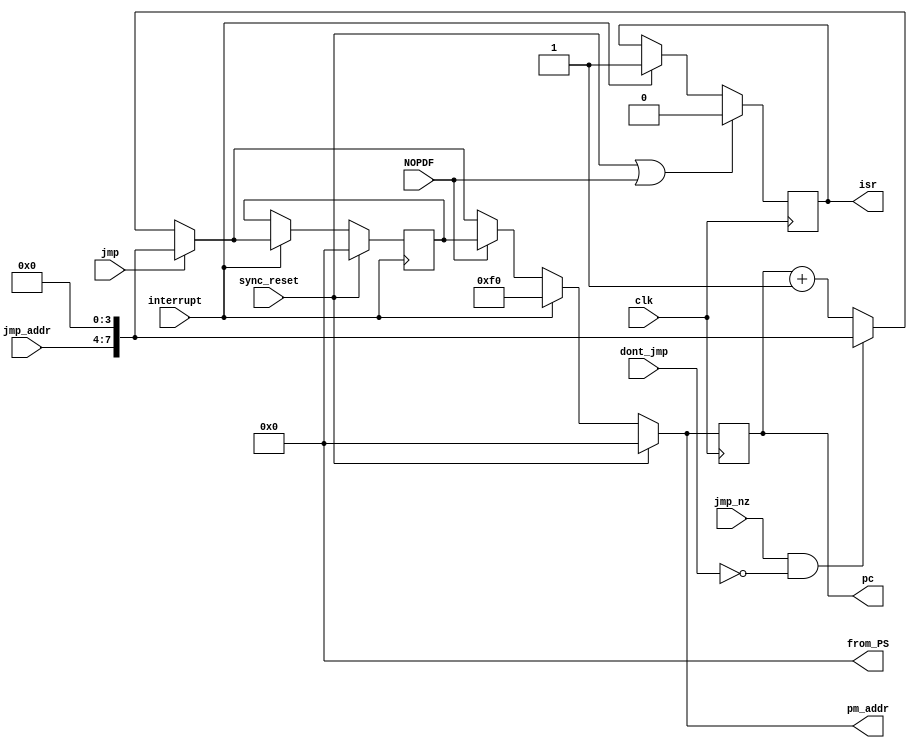
module program_sequencer_Q6b(clk, sync_reset, pm_addr, jmp, jmp_nz, jmp_addr, dont_jmp, 
								pc, from_PS, interrupt, isr, NOPDF);
input clk, sync_reset, jmp,jmp_nz, dont_jmp, interrupt, NOPDF;
input [3:0] jmp_addr;
output reg isr;
output reg [7:0] pc, pm_addr, from_PS;

reg [7:0] return_addr;

always @ (posedge clk)
if (sync_reset | NOPDF)
	isr = 1'b0;
else if (interrupt)
	isr = 1'b1;
else
	isr = isr;
	
always @ (posedge interrupt)
if (sync_reset)
	return_addr = 8'd0;
else if (interrupt)
	if (jmp == 1'b1)
		return_addr <= {jmp_addr,4'h0};
	else if ((jmp_nz == 1'b1) && (dont_jmp == 1'b0))
		return_addr <= {jmp_addr,4'h0};
	else
		return_addr <= pc + 8'b1;
else
	return_addr = return_addr;

always @ *
from_PS = 8'h0;

always @ (posedge clk)
pc <= pm_addr;

always @ *
if (sync_reset == 1'b1)
	pm_addr <= 8'h00;
else if (interrupt)
	pm_addr <= 8'hF0;
else if (NOPDF)
	pm_addr <= return_addr;
else if (jmp == 1'b1)
	pm_addr <= {jmp_addr,4'h0};
else if ((jmp_nz == 1'b1) && (dont_jmp == 1'b0))
	pm_addr <= {jmp_addr,4'h0};
else
	pm_addr <= pc + 8'b1;

endmodule